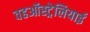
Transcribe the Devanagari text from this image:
वहऑस्ट्रेलियाई